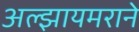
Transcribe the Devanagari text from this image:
अल्झायमराने